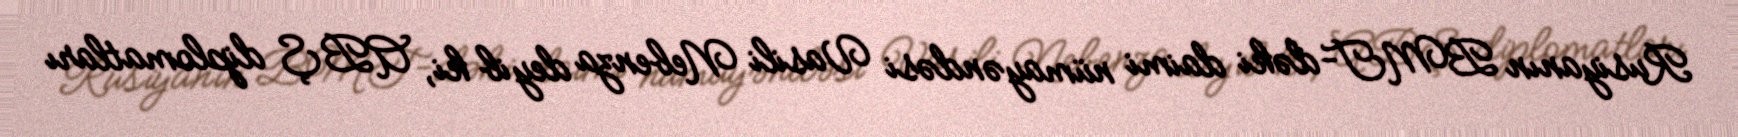
Rusiyanın BMT-dəki daimi nümayəndəsi Vasili Nebenza deyib ki, ABŞ diplomatları